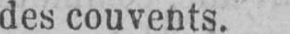
des couvents.